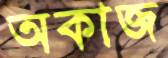
অকাজ